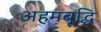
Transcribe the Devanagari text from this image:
अहमबूद्धि